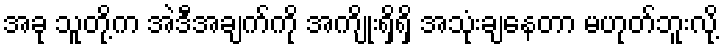
အခု သူတို့က အဲဒီအချက်ကို အကျိုးရှိရှိ အသုံးချနေတာ မဟုတ်ဘူးလို့